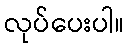
လုပ်ပေးပါ။